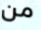
من